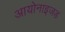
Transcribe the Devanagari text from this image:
आयोनाइजड